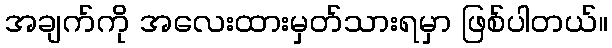
အချက်ကို အလေးထားမှတ်သားရမှာ ဖြစ်ပါတယ်။